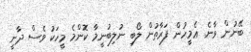
ބޭނުން ވާނެ. ޢެމީހުން ފަރާތުން ލޯބި ނުލިބުނީމާ ކޮންމެ މީހަކު ވެސް ދާނީ